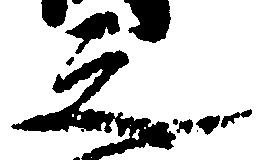
之